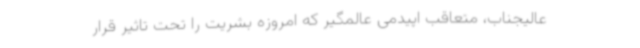
عالیجناب، متعاقب اپیدمی عالمگیر که امروزه بشریت را تحت تاثیر قرار